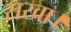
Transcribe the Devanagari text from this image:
सखा।